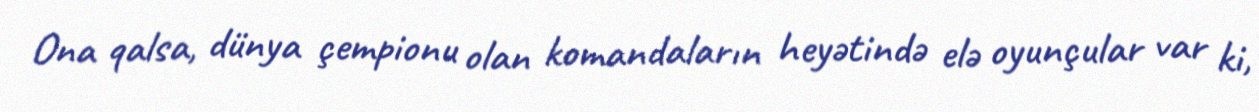
Ona qalsa, dünya çempionu olan komandaların heyətində elə oyunçular var ki,